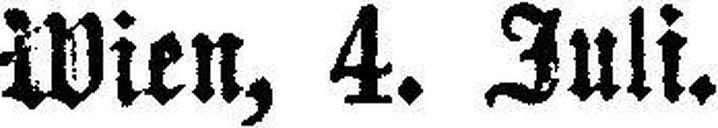
Wien, 4. Juli.